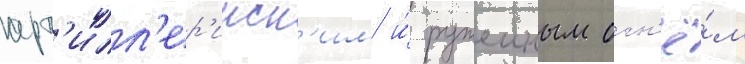
арт'илл'ер'ииск'им и́ ружеиным огн'ё́м